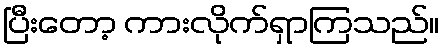
ပြီးတော့ ကားလိုက်ရှာကြသည်။